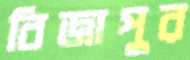
বিজাপুর